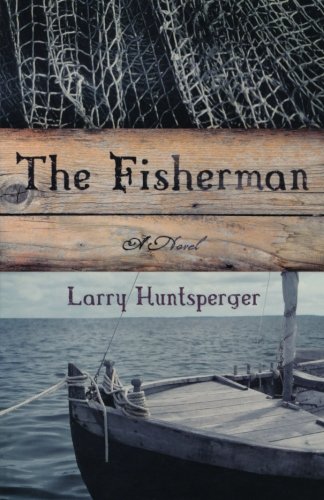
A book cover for The Fisherman: A Novel; Larry Huntsperger; Romance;